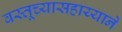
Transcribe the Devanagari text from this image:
वस्तूच्यासहाय्याने